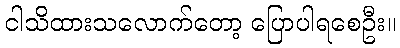
ငါသိထားသလောက်တော့ ပြောပါရစေဦး။